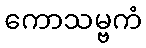
ကောသမ္ဗကံ